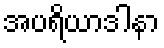
အပရိယာဒါနာ